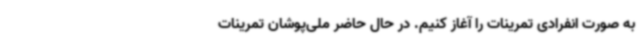
به صورت انفرادی تمرینات را آغاز کنیم. در حال حاضر ملی‌پوشان تمرینات